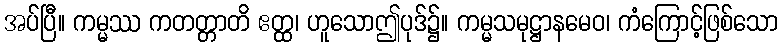
အပ်ပြီ။ ကမ္မဿ ကတတ္တာတိ ဧတ္ထ၊ ဟူသောဤပုဒ်၌။ ကမ္မသမုဋ္ဌာနမေဝ၊ ကံကြောင့်ဖြစ်သော